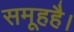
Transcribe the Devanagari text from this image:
समूहहै।